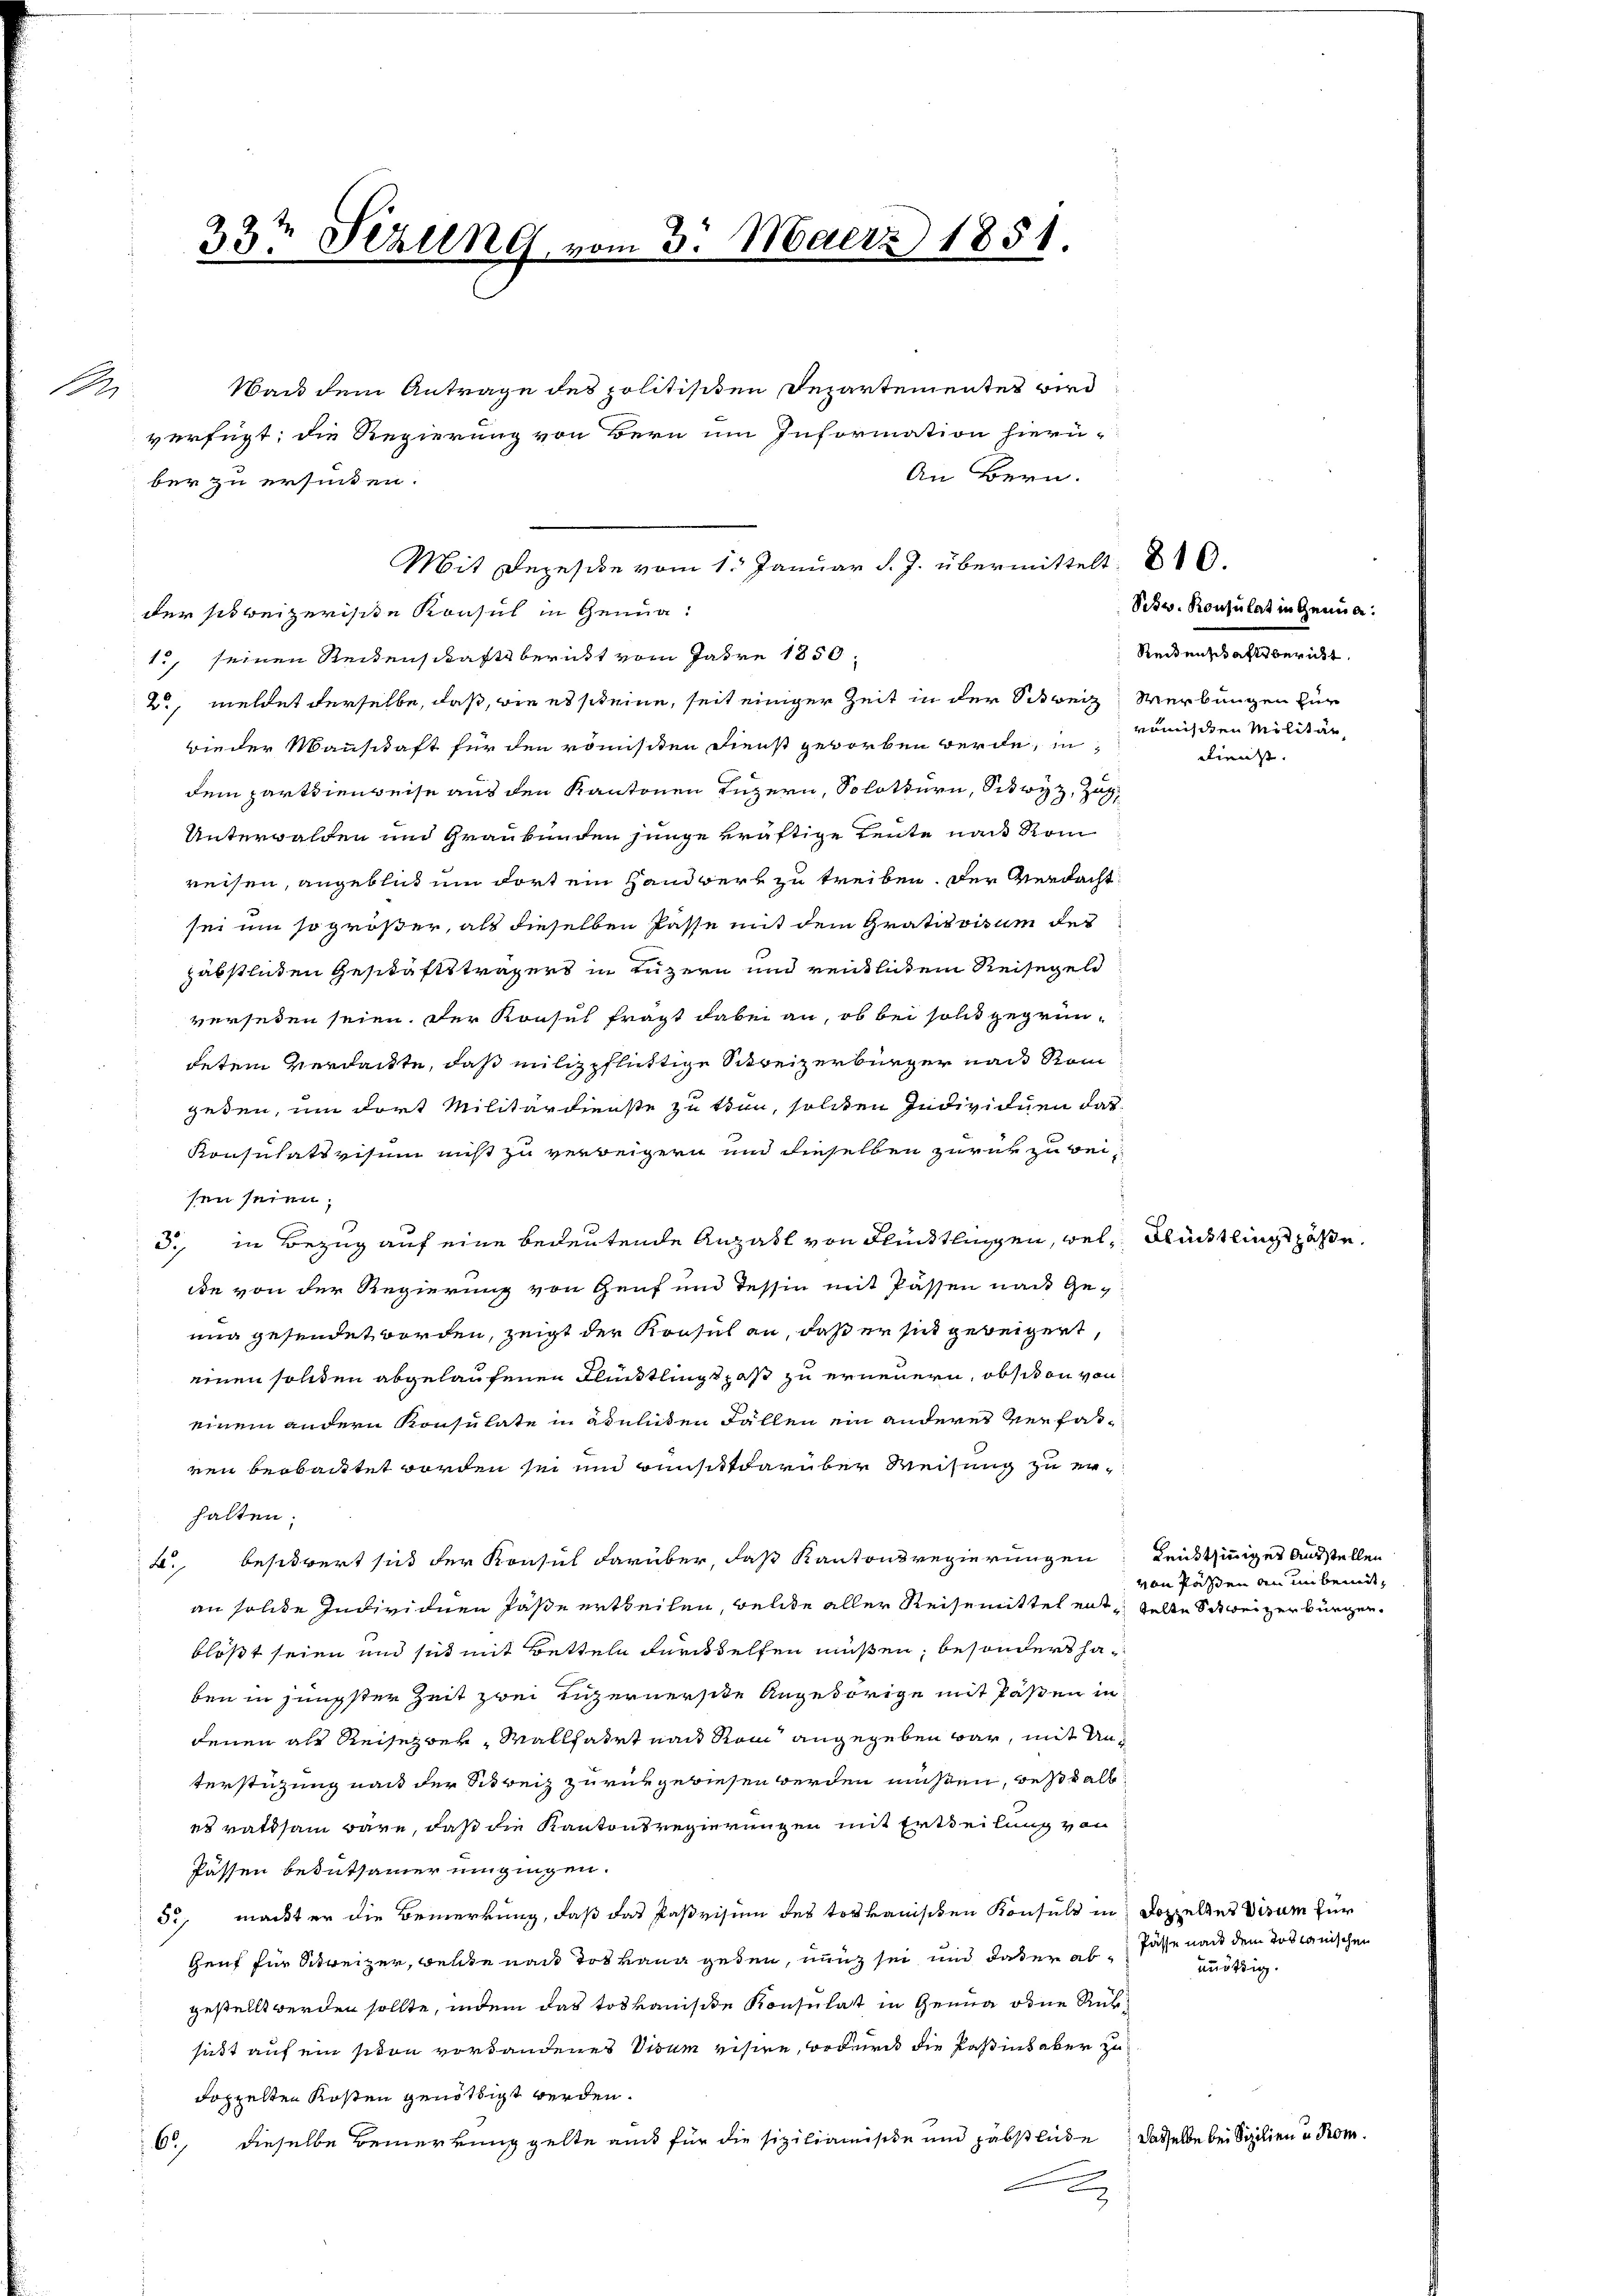
A

33te Perung vom 3. Maerz 1851.

Mit Depesche vom 1. Januar d. J. übermittelt. 810.
der sit beizerische Konsul in Genua¬
1., seinen Reitenschaftsbericht vom Jahre 1850.
2., meldet derselbe, daß, wie es scheine, seit einiger Zeit in der Schweiz
wieder Mannschaft für den römisiten Dienst geworben werde, in
dem partienweise aus den Kantonen Luzern, Solothurn, Schwyz, Zug,
Unterwalden und Graubünden junge kräftige Leute nach Rom
reisen, angeblich um dort ein Handwerk zu treiben. Der Verdacht
sei um so größer, als dieselben Pässe mit dem Grativvisum des
päbstlichen Geschäftsträgers in Luzern und rentlichem Reisegel
verseden seien. Der Konsul fragt dabei an, ob bei solch gegründetem verdankte, daß milizpflichtige Schreizerbürger nach Rom
geden, um dort Militärdienste zu tun, solchen Individuen dar¬
Konsulativisum nicht zu verweigern und dieselben zurük zu beisen seien;
3., in Bezug auf eine bedeutende Anzahl von Flüchtlingen, wel Glücktlichst passe.
de von der Regierung von Genf und Tessin mit Passen nach Geuig gesendet worden, zeigt der Konsul an, daß er sich geweigert,
einen soliden abgelaufenen Flintlingt hast zu erneuern, obsiton von
einem andern Konsulate in Ateliten Fällen ein anderes verfaßren beobautet worden sei und Bunsitt darüber Weisung zu erhalten.
B. besitzert sich der Konsul darüber, daß Kantonsregierungen
an solide Individuen Päße ertheilen, welche aller Reisemittel entstelle Schweizerbürgerblößt seien und sich mit Betteln durchselfen müßen, besonders haben in jüngster Zeit zwei Luzernerste Angehörige mit Passen in
denen als Reisezer, Wallhart nach dem angegeben war, mit Unterstüzung nach der Schweiz zurükgewiesen werden müßen, bestall
es rathsam wäre, daß die Kantonsregierungen mit Ertheilung von
Pässen bedutsammer umgingen.
33, machter die Bemerkung, daß das Paßvision des toskanischen Konsuls in Doppeltes Visum für
Genf für Schweizer, welche nach das Lang geben, nun sei und daß er abfasse nach dem Todtanischen
gestellt werden sollte, indem das toskanische Konsulat in Genua oder Rüksist auf ein siton vorhandenes Visum visire, ordert die Pasins aber zu
doppelten Kosten genöthigt werden.
C., dieselbe Bemerkung gelte aus für die sizilianische und Habstliche

verfügt; die Regierung von Bern um Information hierü-
ber zu erhinden.

Nach dem Antrage des politisiten Departementes wird
An Bern.

Schw. Konsulat in Genua:
Reidenschaftsbericht.
Werbungen für
romischen Militär

Dienst. |

Leistsinniger Ausstellen
von Passen an unbemit¬

unötig.

dasselbe bei Sizilien u. Rom.